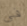
في